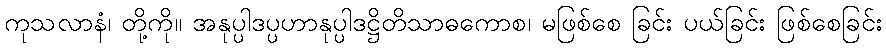
ကုသလာနံ၊ တို့ကို။ အနုပ္ပါဒပ္ပဟာနုပ္ပါဒဋ္ဌိတိသာဓကောစ၊ မဖြစ်စေ ခြင်း ပယ်ခြင်း ဖြစ်စေခြင်း